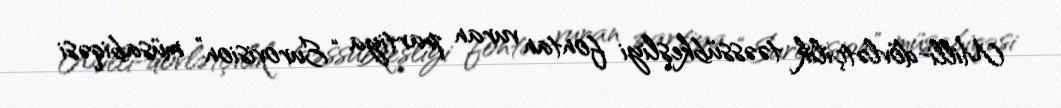
Milli-dövlətçilik təəssübkeşliyi fontan vuran partiya “Eurovision” müsabiqəsi